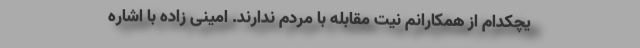
یچکدام از همکارانم نیت مقابله با مردم ندارند. امینی زاده با اشاره